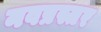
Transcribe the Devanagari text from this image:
नवप्रस्तर